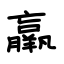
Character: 羸